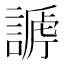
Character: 𧪥